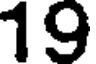
19